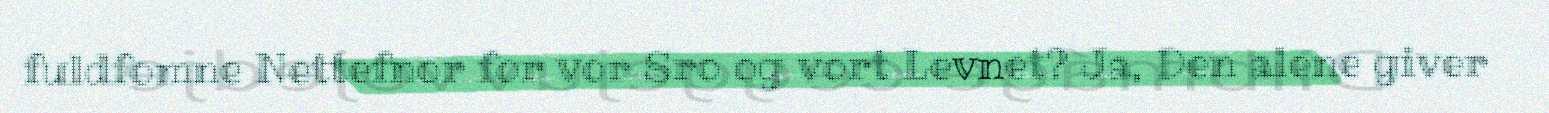
fuldfomne Nettefnor for vor Sro og vort Levnet? Ja, Den alene giver